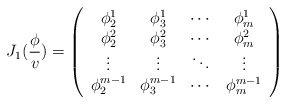
\begin{align*}J_1(\frac \phi v)=\left( \begin{array}{cccc}\phi _2^1 & \phi _3^1 & \cdots & \phi _m^1 \\ \phi _2^2 & \phi _3^2 & \cdots & \phi _m^2 \\ \vdots & \vdots & \ddots & \vdots \\ \phi _2^{m-1} & \phi _3^{m-1} & \cdots & \phi _m^{m-1}\end{array}\right)\end{align*}